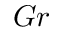
G r